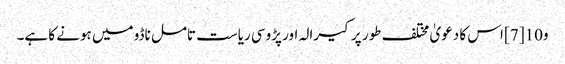
و10 [7] اس کا دعویٰ مختلف طور پر کیرالہ اور پڑوسی ریاست تامل ناڈو میں ہونے کا ہے۔